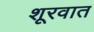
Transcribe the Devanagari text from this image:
शूरवात